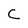
Character: C